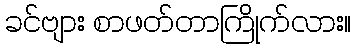
ခင်ဗျား စာဖတ်တာကြိုက်လား။